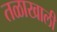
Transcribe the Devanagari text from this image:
तळाखाली